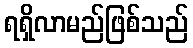
ရရှိလာမည်ဖြစ်သည်